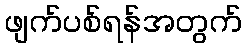
ဖျက်ပစ်ရန်အတွက်